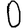
Digit: 0